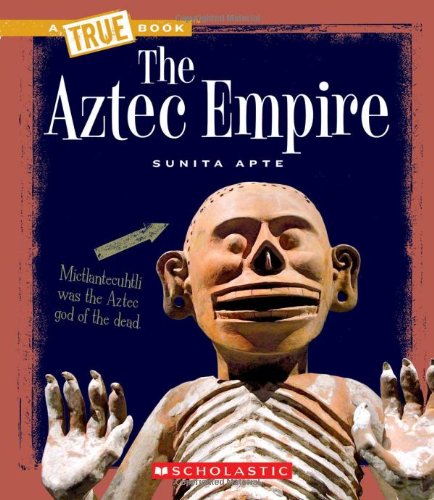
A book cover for The Aztec Empire (True Books: Ancient Civilizations); Sunita Apte; Children's Books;